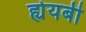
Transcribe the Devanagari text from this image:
ह्येयबी